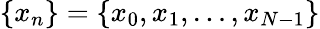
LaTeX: \{ x_{n}\} =\left\{ x_{0},x_{1},\dots,x_{N-1}\right\}